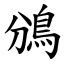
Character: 鳻